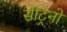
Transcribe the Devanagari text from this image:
सेंट्रिनो